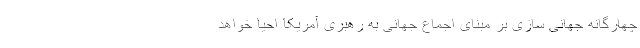
چهارگانه جهانی سازی بر مبنای اجماع جهانی به رهبری آمریکا احیا خواهد